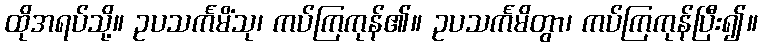
ထိုအရပ်သို့။ ဥပသင်္ကမိံသု၊ ကပ်ကြကုန်၏။ ဥပသင်္ကမိတွာ၊ ကပ်ကြကုန်ပြီး၍။